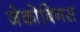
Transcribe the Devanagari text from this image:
जेकोबिनस